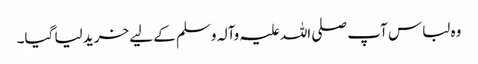
وہ لباس آپ صلی اللہ علیہ وآلہ وسلم کے لیے خرید لیا گیا۔